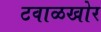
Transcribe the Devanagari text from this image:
टवाळखोर